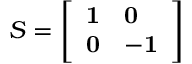
S = \left[ \begin{array} { l l } { \mathbf { 1 } } & { \mathbf { 0 } } \\ { \mathbf { 0 } } & { - \mathbf { 1 } } \end{array} \right]